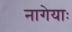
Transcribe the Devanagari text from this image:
नागेयाः